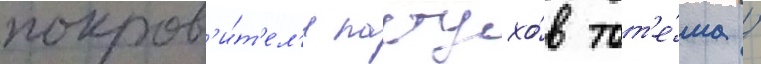
покров'и́т'ел'я пастухо́в тот'е́ма /